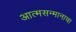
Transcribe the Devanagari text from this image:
आत्मसन्मानाचा